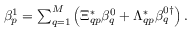
\begin{array} { r } { \beta _ { p } ^ { 1 } = \sum _ { q = 1 } ^ { M } \left( \Xi _ { q p } ^ { * } \beta _ { q } ^ { 0 } + \Lambda _ { q p } ^ { * } \beta _ { q } ^ { 0 \dag } \right) . } \end{array}